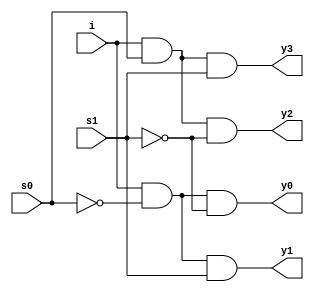
module demux1by4
  ( input s0,s1,i,
    output y0,y1,y2,y3);
    wire s0bar,s1bar;
  not(s0bar,s0),(s1bar,s1);
  and(y0,i,s0bar,s1bar);
  and(y1,i,s0bar,s1);
  and(y2,i,s0,s1bar);
  and(y3,i,s0,s1);
endmodule